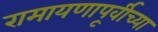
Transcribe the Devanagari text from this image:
रामायणापूर्वीच्या